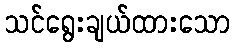
သင်ရွေးချယ်ထားသော